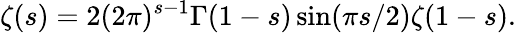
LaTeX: \zeta(s)=2(2\pi)^{s-1}\Gamma(1-s)\sin(\pi s/2)\zeta(1-s).